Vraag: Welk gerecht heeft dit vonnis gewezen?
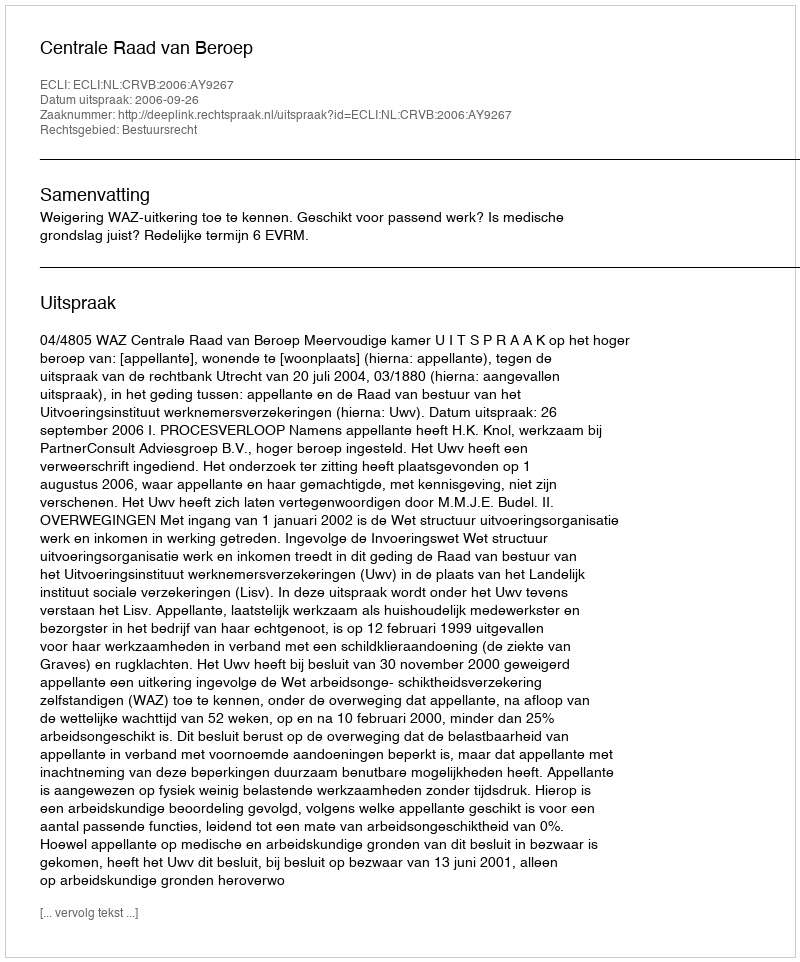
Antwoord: Centrale Raad van Beroep